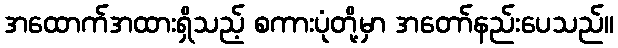
အထောက်အထားရှိသည့် စကားပုံတို့မှာ အတော်နည်းပေသည်။